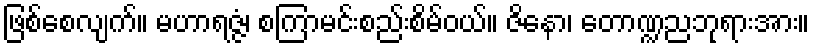
ဖြစ်စေလျက်။ မဟာရဇ္ဇံ၊ စကြာမင်းစည်းစိမ်ဝယ်။ ဇိနော၊ တောဏ္ဍညဘုရားအား။